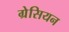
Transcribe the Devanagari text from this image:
ग्रेसियन